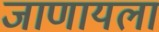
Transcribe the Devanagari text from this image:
जाणायला